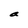
Character: a